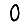
Digit: 0